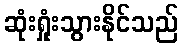
ဆုံးရှုံးသွားနိုင်သည်